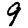
Digit: 9